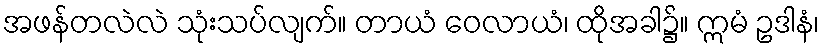
အဖန်တလဲလဲ သုံးသပ်လျက်။ တာယံ ဝေလာယံ၊ ထိုအခါ၌။ ဣမံ ဥဒါနံ၊